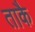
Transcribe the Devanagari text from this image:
ताकै